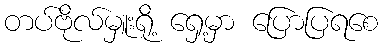
တပ်ဗိုလ်မှူးရို့ ရှေ့မှာ ပြောပြရစေ